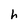
Character: h